Annual administration and progress report of the Indian Medical Department, Bombay
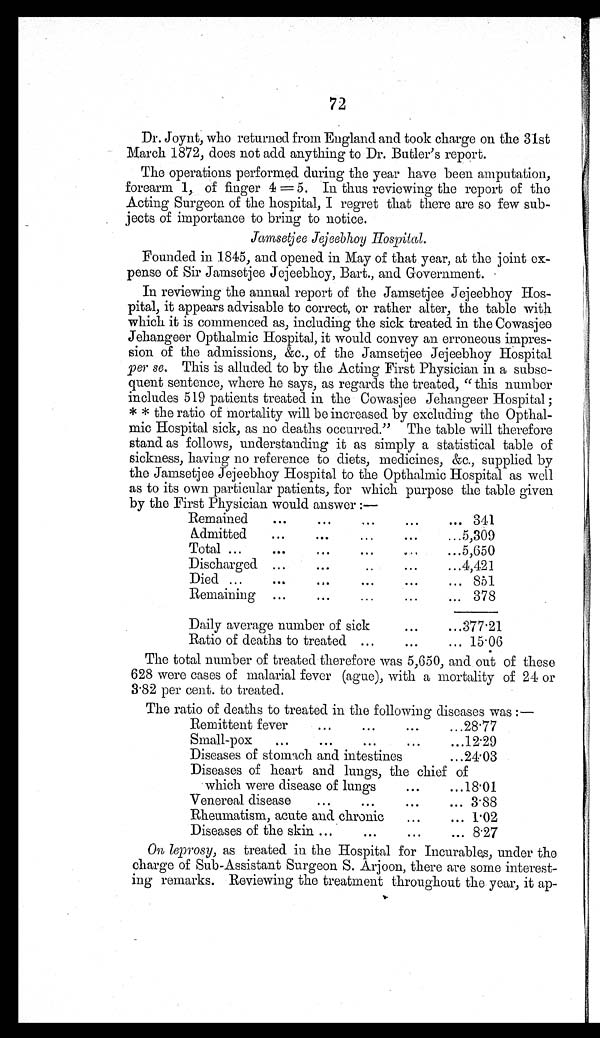
72
Dr. Joynt, who returned from England and took charge on the 31st
March 1872, does not add anything to Dr. Butler's report.
The operations performed during the year have been amputation,
forearm 1, of finger 4 = 5. In thus reviewing the report of the
Acting Surgeon of the hospital, I regret that there are so few sub-
jects of importance to bring to notice.
Jamsetjee Jejeebhoy Hospital.
Founded in 1845, and opened in May of that year, at the joint ex-
pense of Sir Jamsetjee Jejeebhoy, Bart., and Government.
In reviewing the annual report of the Jamsetjee Jejeebhoy Hos-
pital, it appears advisable to correct, or rather alter, the table with
which it is commenced as, including the sick treated in the Cowasjee
Jehangeer Opthalmic Hospital., it would convey an erroneous impres-
sion of the admissions, &c., of the Jamsetjee Jejeebhoy Hospital
per se. This is alluded to by the Acting First Physician in a subse-
quent sentence, where he says, as regards the treated, "this number
includes 519 patients treated in the Cowasjee Jehangeer Hospital ;
* * the ratio of mortality will be increased by excluding the Opthal-
mic Hospital sick, as no deaths occurred." The table will therefore
stand as follows, understanding it as simply a statistical table of
sickness, having no reference to diets, medicines, &c., supplied by
the Jamsetjee Jejeebhoy Hospital to the Opthalmic Hospital as well
as to its own particular patients, for which purpose the table given
by the First Physician would answer :—
Remained
...
. . .
...
...
... 341
Admitted
...
. . .
...
. . .
. . .
_5,309
Total ...
...
. . .
. . .
. . .
. . .
5,650
Discharged ...
...
. .
...
. . .
4,421
Died ...
...
. . .
. . .
. . .
. . . 851
Remaining ...
. . .
...
...
. . . 378
Daily average number of sick
. . .
. . .
377.21
Ratio of deaths to treated ...
...
... 15.06
The total number of treated therefore was 5,650, and out of these
628 were cases of malarial fever (ague), with a mortality of 24 or
3.82 per cent. to treated.
The ratio of deaths to treated in the following diseases was :—
Remittent fever
...
...
...
. . .
28.77
Small-pox ... ...
...
...
. . .
12.29
Diseases of stomach and intestines
. . .
24.03
Diseases of heart and lungs, the chief of
which were disease of lungs
...
...
18.01
Venereal disease
...
...
...
... 3.88
Rheumatism, acute and chronic ...
... 1.02
Diseases of the skin ...
...
...
... 8.27
On leprosy, as treated in the Hospital for Incurables, under the
charge of Sub-Assistant Surgeon S. Arjoon, there are some interest-
ing remarks. Reviewing the treatment throughout the year, it ap-